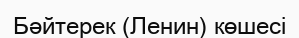
Бәйтерек (Ленин) көшесі